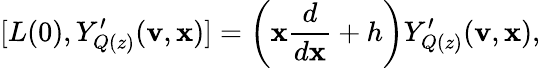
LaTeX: [L(0),Y_{Q(z)}^{\prime}(\mathbf{v},\mathbf{x})]=\left(\mathbf{x}\frac{{d}}{{d\mathbf{x}}}+h\right)Y_{Q(z)}^{\prime}(\mathbf{v},\mathbf{x}),